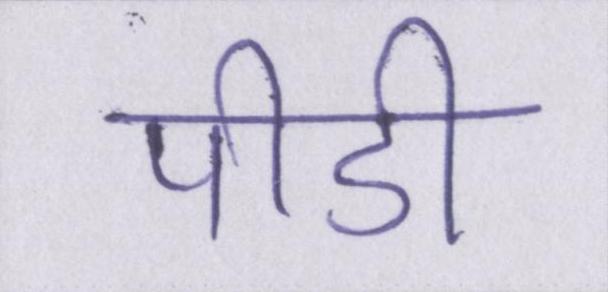
पीडी